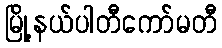
မြို့နယ်ပါတီကော်မတီ